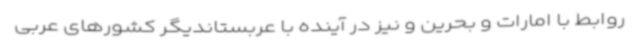
روابط با امارات و بحرین و نیز در آینده با عربستاندیگر کشورهای عربی